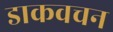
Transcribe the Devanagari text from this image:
डाकवचन